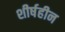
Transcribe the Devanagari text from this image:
शीर्षहीन